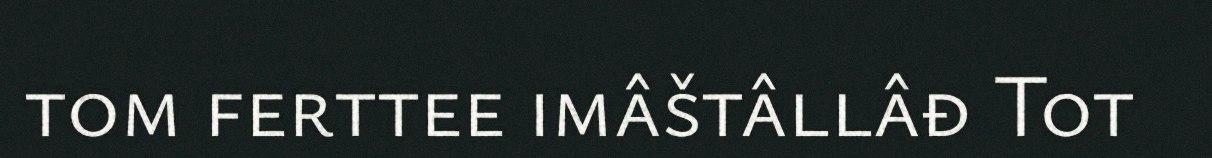
tom ferttee imâštâllâđ Tot